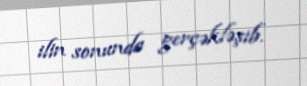
ilin sonunda gerçəkləşib.